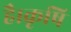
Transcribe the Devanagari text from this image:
है।कृषि